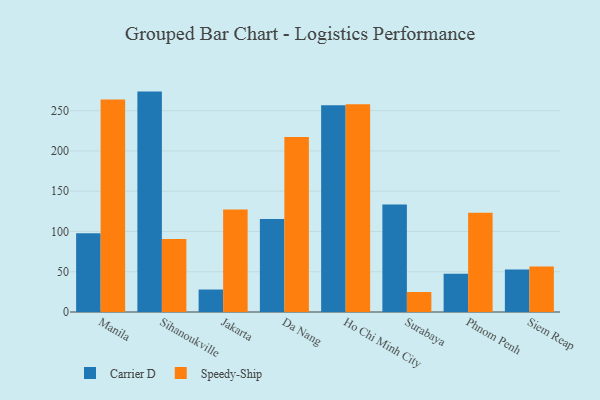
{"axis": {"x": "City", "y": "Shipments"}, "legend": ["Carrier D", "Speedy-Ship"], "data": [{"x": "Manila", "y": 97.7, "type": "Carrier D"}, {"x": "Manila", "y": 263.9, "type": "Speedy-Ship"}, {"x": "Sihanoukville", "y": 273.7, "type": "Carrier D"}, {"x": "Sihanoukville", "y": 90.5, "type": "Speedy-Ship"}, {"x": "Jakarta", "y": 27.9, "type": "Carrier D"}, {"x": "Jakarta", "y": 127.2, "type": "Speedy-Ship"}, {"x": "Da Nang", "y": 115.6, "type": "Carrier D"}, {"x": "Da Nang", "y": 217.4, "type": "Speedy-Ship"}, {"x": "Ho Chi Minh City", "y": 256.9, "type": "Carrier D"}, {"x": "Ho Chi Minh City", "y": 258.1, "type": "Speedy-Ship"}, {"x": "Surabaya", "y": 133.5, "type": "Carrier D"}, {"x": "Surabaya", "y": 24.8, "type": "Speedy-Ship"}, {"x": "Phnom Penh", "y": 47.6, "type": "Carrier D"}, {"x": "Phnom Penh", "y": 123.1, "type": "Speedy-Ship"}, {"x": "Siem Reap", "y": 52.8, "type": "Carrier D"}, {"x": "Siem Reap", "y": 56.4, "type": "Speedy-Ship"}]}